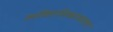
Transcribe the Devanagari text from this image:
व्यक्तिविकासाला